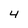
Character: 4